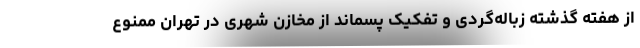
از هفته گذشته زباله‌گردی و تفکیک پسماند از مخازن شهری در تهران ممنوع